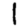
Digit: 1